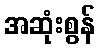
အဆုံးစွန်